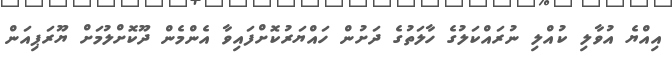
އިއްޔެ އުވާލި ކުއްލި ނުރައްކަލުގެ ހާލަތުގެ ދަށުން ހައްޔަރުކޮށްފައިވާ އެންމެން ދޫކޮށްލުމަށް ޔޫރަޕިއަން